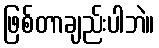
ဖြစ်တာချည်းပါဘဲ။